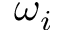
\omega _ { i }